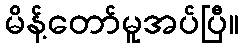
မိန့်တော်မူအပ်ပြီ။